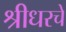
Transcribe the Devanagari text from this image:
श्रीधरचे